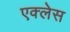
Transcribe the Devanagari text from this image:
एक्लेस